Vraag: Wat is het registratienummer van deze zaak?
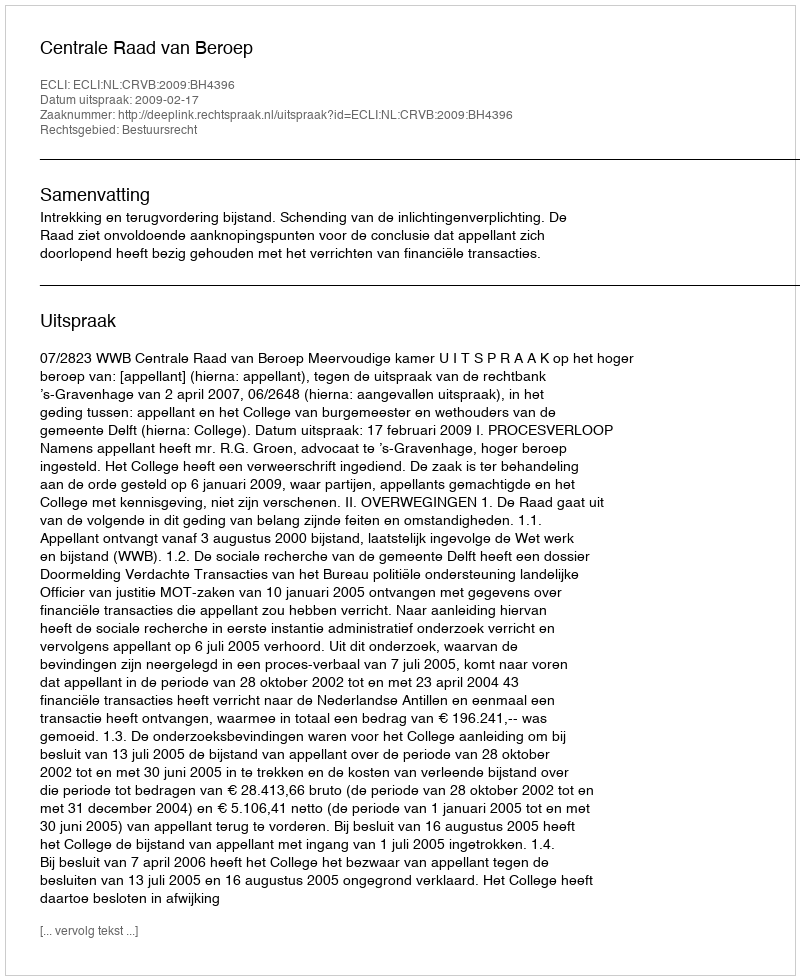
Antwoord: http://deeplink.rechtspraak.nl/uitspraak?id=ECLI:NL:CRVB:2009:BH4396